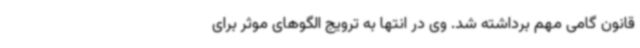
قانون گامی مهم برداشته شد. وی در انتها به ترویج الگوهای موثر برای